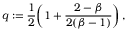
q : = \frac 1 2 \biggl ( 1 + \frac { 2 - \beta } { 2 ( \beta - 1 ) } \biggr ) \, ,